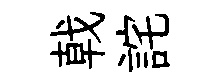
戟詫